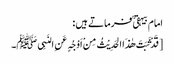
امام بیہقی ؒ فرماتے ہیں :
[قَدْ ثَبَتَ ھٰذَا الحَدِیْثُ مِنْ اَوْجُہٍ عَنِ النَبِیﷺ۔